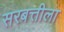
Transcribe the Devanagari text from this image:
सरबत्तीला